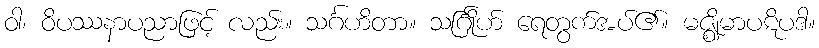
ဝါ၊ ဝိပဿနာပညာဖြင့် လည်း။ သင်္ဂဟိတာ။ သင်္ဂြိုဟ် ရေတွက်အပ်၏။ မဇ္ဈိမာပဋိပဒါ။